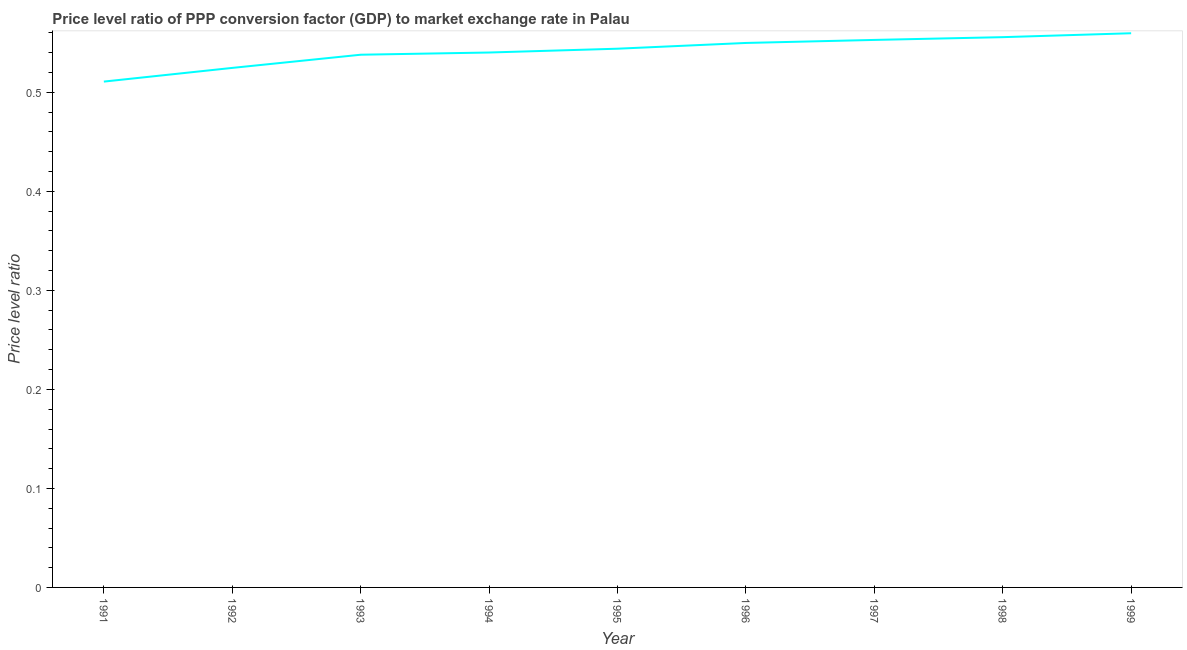
| Year | Price level ratio |
 | --- | --- |
 | 1991 | 0.511 |
 | 1992 | 0.525 |
 | 1993 | 0.538 |
 | 1994 | 0.54 |
 | 1995 | 0.544 |
 | 1996 | 0.55 |
 | 1997 | 0.553 |
 | 1998 | 0.556 |
 | 1999 | 0.56 |